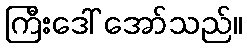
ကြီးဒေါ် အော်သည်။